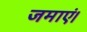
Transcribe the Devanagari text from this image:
जमाएं।